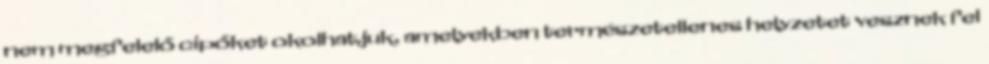
nem megfelelő cipőket okolhatjuk, amelyekben természetellenes helyzetet vesznek fel